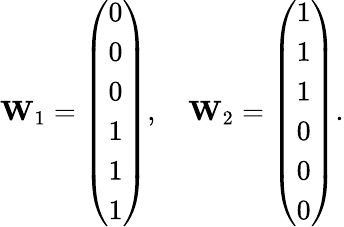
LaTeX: \begin{array}{r}{\mathbf{W}_{1}=\left(\begin{array}{l}{0}\\ {0}\\ {0}\\ {1}\\ {1}\\ {1}\end{array}\right),\quad\mathbf{W}_{2}=\left(\begin{array}{l}{1}\\ {1}\\ {1}\\ {0}\\ {0}\\ {0}\end{array}\right).}\end{array}